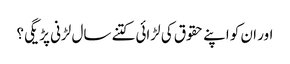
اور ان کو اپنے حقوق کی لڑائی کتنے سال لڑنی پڑیگی؟